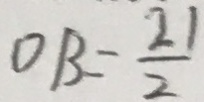
O B = \frac { 2 1 } { 2 }